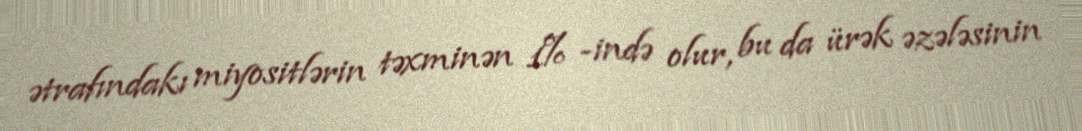
ətrafındakı miyositlərin təxminən 1% -ində olur, bu da ürək əzələsinin